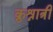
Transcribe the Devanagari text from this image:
क्रुश्नात्री